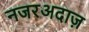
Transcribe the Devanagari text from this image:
नजरअदाज़